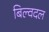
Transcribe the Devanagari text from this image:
बिल्वदल